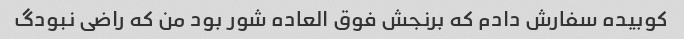
کوبیده سفارش دادم که برنجش فوق العاده شور بود من که راضی نبودگ